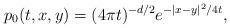
LaTeX: \begin{align*}p_0 (t, x, y) = (4\pi t)^{-d/2}e^{-|x-y|^2/4t} ,\end{align*}